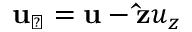
{ \bf u } _ { \perp } = { \bf u } - { \bf \hat { z } } u _ { z }